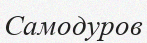
Самодуров